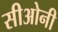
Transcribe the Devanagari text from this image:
सीओनी